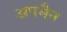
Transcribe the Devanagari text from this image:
अपमैन